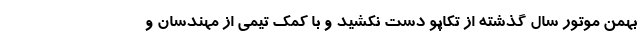
بهمن موتور سال گذشته از تکاپو دست نکشید و با کمک تیمی از مهندسان و